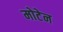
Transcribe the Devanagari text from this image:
मोटेन